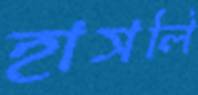
হাসলি